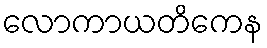
လောကာယတိကေန